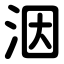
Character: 洇